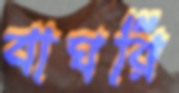
বাঘরি